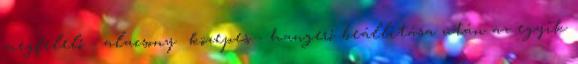
megfelelő - alacsony közepes - hangerő beállítása után az egyik